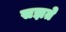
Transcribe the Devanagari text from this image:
सझते